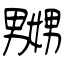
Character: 嬲